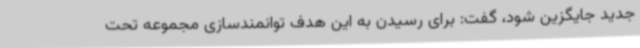
جدید جایگزین شود، گفت: برای رسیدن به این هدف توانمندسازی مجموعه تحت